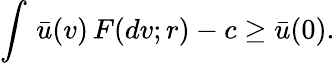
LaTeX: \int\, \bar{u}(v)\, F(dv;r)-c\geq\bar{u}(0).